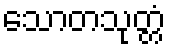
သောတသုတ္တံ